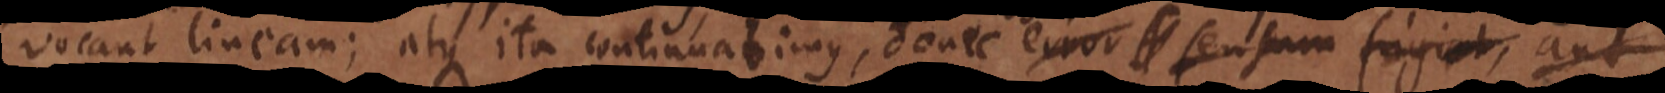
vocant lineam; atque ita continuabimus, donec vel mensura rem